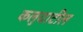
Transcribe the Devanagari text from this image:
कलुयाटील